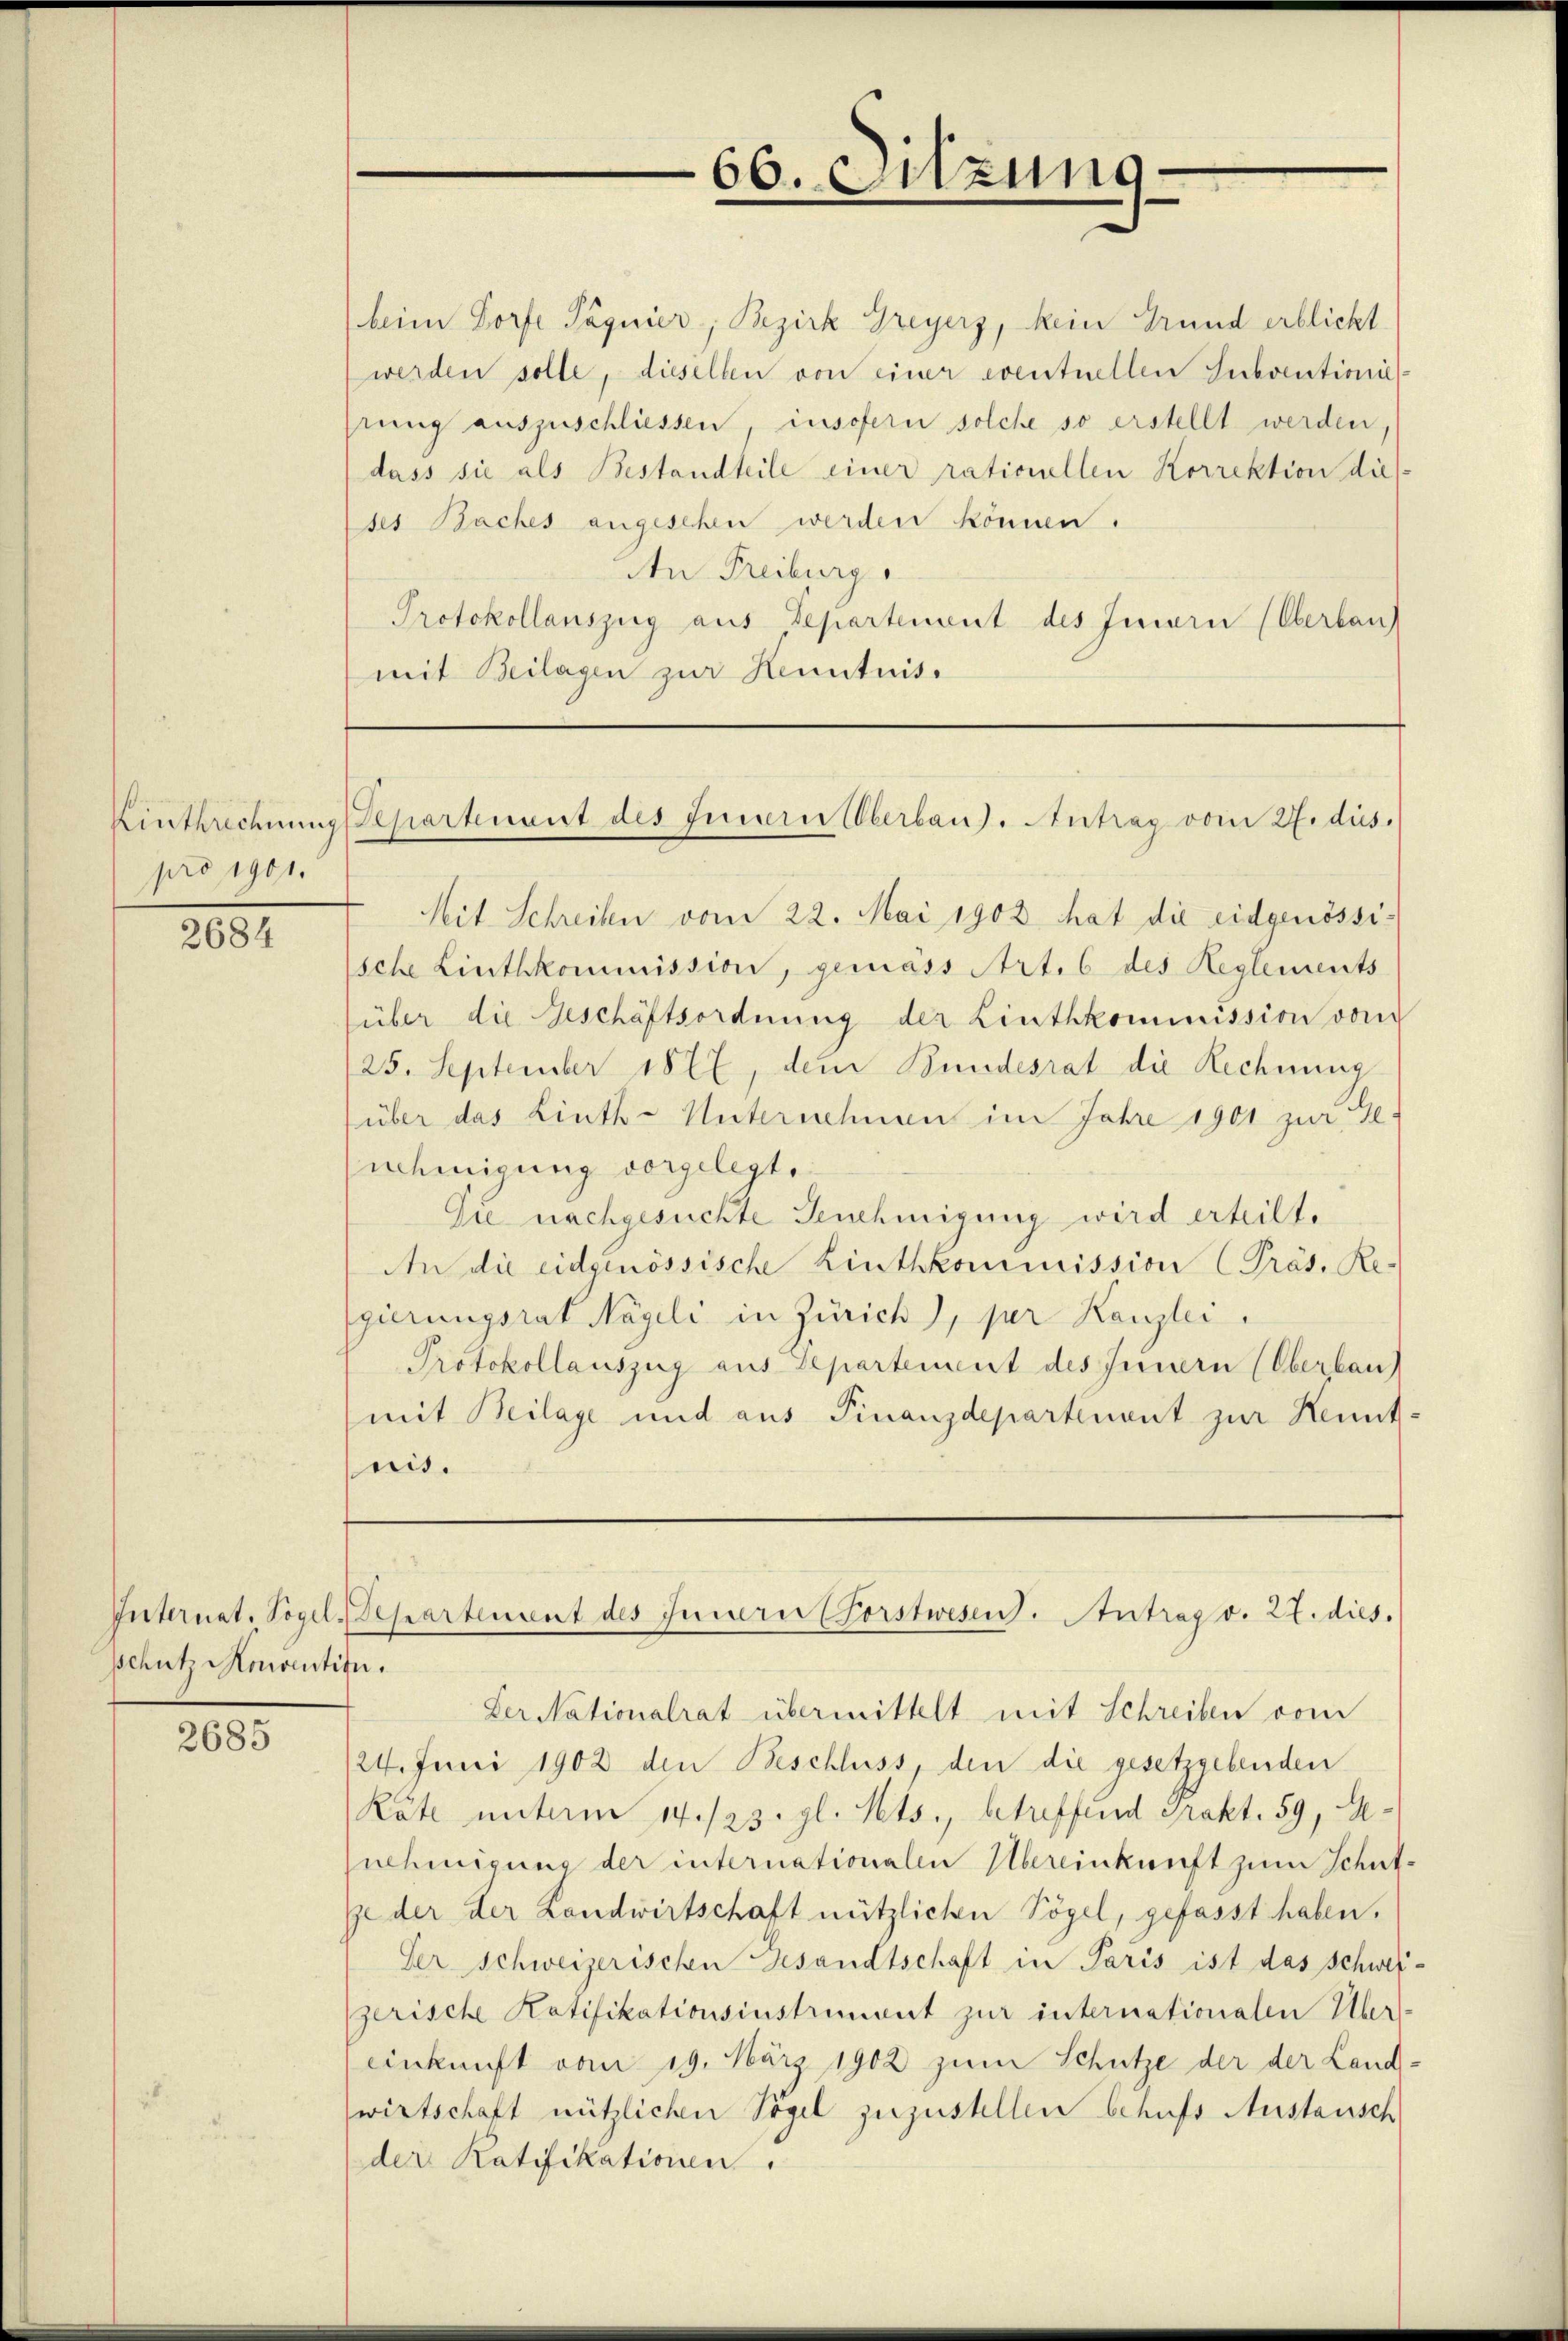
pro 1901.

2684

Schutz Monventit.

2685

beim Dorfe Pagnier, Bezirk Greyerz, kein Grund erblicht.
werden solle, dieselben von einer eventuellen Subventionie
hrung auszuschliessen, insofern solche so erstellt werden,
dass sie als Bestandteile einer rationellen Korrektion die
ses Baches angesehen werden können.
An Freiburg
Protokollanszug aus Departement des Innern (Oberbau
mit Beilagen zur Kenntnis.

66. Sitzung

Einthrechnung Separtenant des Feuern Aberbaus. Antrag vom 27. dus.

Mit Schreiben vom 22. Mai 1903 hat die eidgenössische Linthkommission, gemäss Art. 6 des Reglements
über die Geschäftsordnung der Linthkommission vom
25. September 1877, dem Bundesrat die Rechnung
über das Linth-Unternehmen im Jahre 1901 zur 10.
nehmigung vorgelegt.
Die nachgesuchte Genehmigung wird erheilt.
An die eidgenössische Linthkommission (Präs. Re-
gierungsrat Nägeli in Zürich), per Kanzlei.
Protokollauszug aus Departement des Innern (Oberbau
mit Beilage und aus Finanzdepartinent zur Kennt-
ris.

Internat. Vogel. Separtement des Innere Forstwesen. Antrag v. 27. dies

Der Nationalrat übermittelt mit Schreiben vom
24. Juni 1902 den Beschluss, den die gesetzgebenden
Räte unterm 14./23. gl. Mts., betreffend Prakt. 59, Asnehmigung der internationalen Übereinkunft zum Schut-
ge der der Landwirtschaft nützlichen Vögel, gefasst haben.
Der Schweizerischen Gesandtschaft in Paris ist das Schwei-
zerische Ratifikationsinstrument zur internationalen Über-
einkunft vom 19. März 1902 zum Schütze der der Land-
wirtschaft nützlichen Vögel zuzustellen behufs Austausch
der Ratifikationen